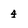
Character: 4